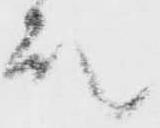
殿